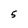
Character: 5